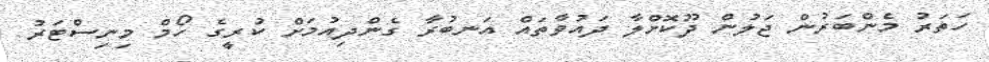
ހަތަރު މެންބަރުން ޖަލުން ދޫކޮށްލާ ދައުވާތައް އަނބުރާ ގެންދިއުމަށް ކުރީގެ ހޯމް މިނިސްޓަރު